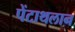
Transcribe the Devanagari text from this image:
पेंटाथलान